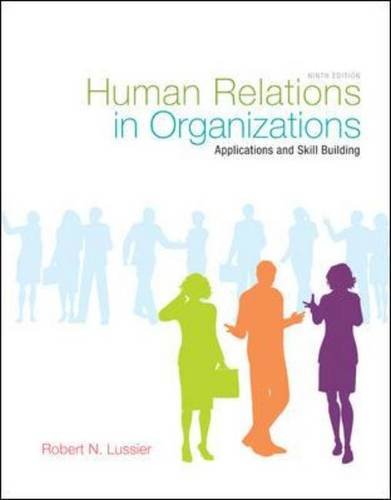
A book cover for Human Relations in Organizations: Applications and Skill Building, 9th Edition; Robert Lussier; Business & Money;